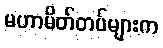
မဟာမိတ်တပ်များက